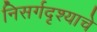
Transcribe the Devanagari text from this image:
निसर्गदृश्याचे